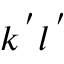
k ^ { \, ^ { \prime } } l ^ { \, ^ { \prime } }